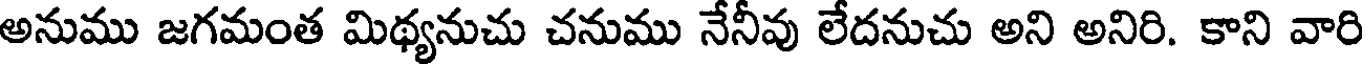
అనుము జగమంత మిథ్యనుచు చనుము నేనీవు లేదనుచు అని అనిరి. కాని వారి